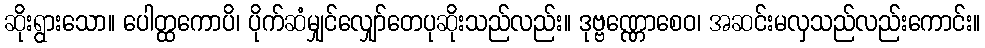
ဆိုးရွားသော။ ပေါတ္ထကောပိ၊ ပိုက်ဆံမျှင်လျှော်တေပုဆိုးသည်လည်း။ ဒုဗ္ဗဏ္ဏောစေဝ၊ အဆင်းမလှသည်လည်းကောင်း။